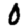
Digit: 0